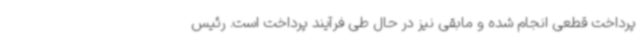
پرداخت قطعی انجام شده و مابقی نیز در حال طی فرآیند پرداخت است. رئیس